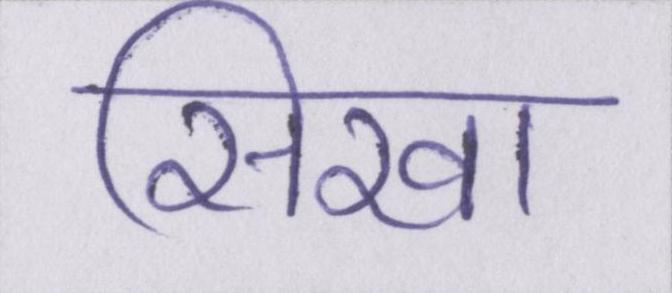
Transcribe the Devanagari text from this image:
सिखा